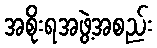
အစိုးရအဖွဲ့အစည်း